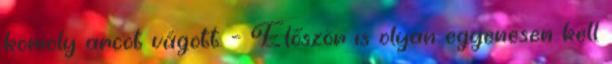
komoly arcot vágott. – Először is olyan egyenesen kell